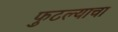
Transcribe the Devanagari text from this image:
फुटल्याचा